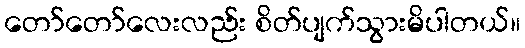
တော်တော်လေးလည်း စိတ်ပျက်သွားမိပါတယ်။